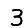
Digit: 3